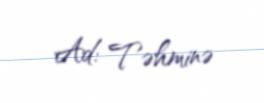
Ad: Təhminə